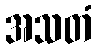
အသတံ